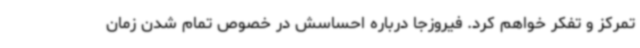
تمرکز و تفکر خواهم کرد. فیروزجا درباره احساسش در خصوص تمام شدن زمان